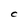
Character: C